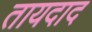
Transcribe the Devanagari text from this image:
तायदाद